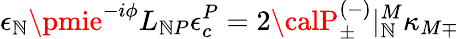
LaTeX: \epsilon_{\mathbb{N}}\pmie^{-i\phi}L_{\mathbb{N}P}\epsilon_{c}^{P}=2{\calP}_{\pm}^{(-)}|_{\mathbb{N}}^{M}\kappa_{M\mp}